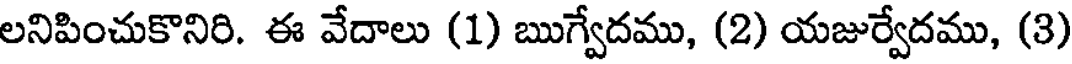
లనిపించుకొనిరి. ఈ వేదాలు (1) ఋగ్వేదము, (2) యజుర్వేదము, (3)